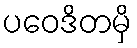
ပဝေဒိတမှိ